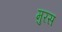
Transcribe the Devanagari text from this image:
मुरस